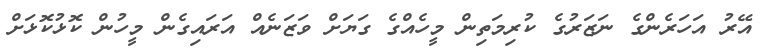
އޭރު އަހަރެންގެ ނަޒަރުގެ ކުރިމަތިން މީހެއްގެ ގަޔަށް ވަޒަނެއް އަރައިގެން މީހުން ކޮޅުކޮޅަށް